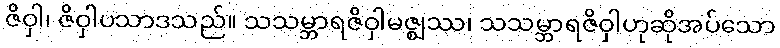
ဇိဝှါ၊ ဇိဝှါပသာဒသည်။ သသမ္ဘာရဇိဝှါမဇ္ဈဿ၊ သသမ္ဘာရဇိဝှါဟုဆိုအပ်သော